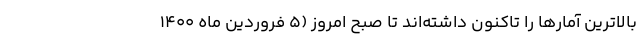
بالاترین آمارها را تاکنون داشته‌اند تا صبح امروز (5 فروردین ماه ۱۴۰۰